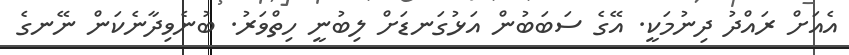
އެއަށް ރައްދު ދިނުމަކީ. އޭގެ ސަބަބުން އަޅުގަނޑަށް ލިބުނީ ހިތްވަރު. ބުނެވިދާނެކަން ނޭނގެ